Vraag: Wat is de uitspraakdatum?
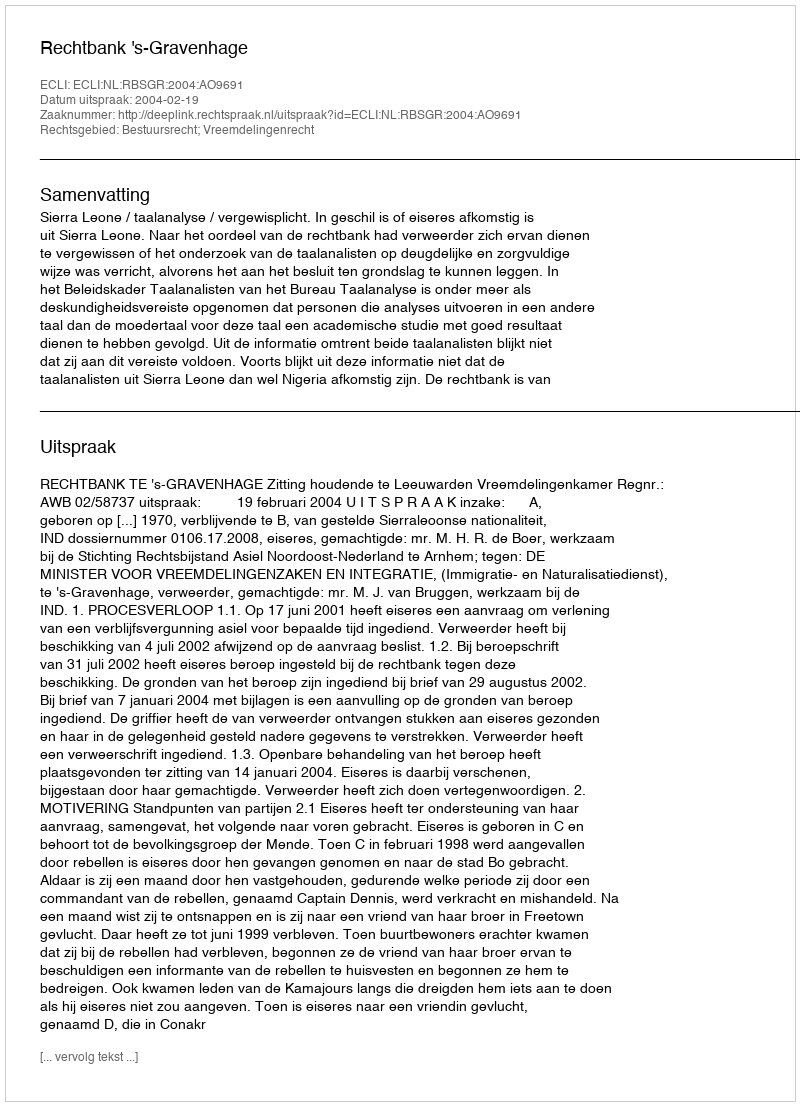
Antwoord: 2004-02-19